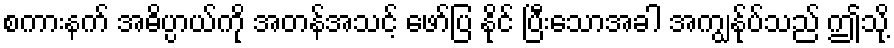
စကားနက် အဓိပ္ပာယ်ကို အတန်အသင့် ဖော်ပြ နိုင် ပြီးသောအခါ အကျွန်ုပ်သည် ဤသို့